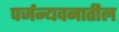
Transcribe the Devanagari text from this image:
पर्जन्यवनातील